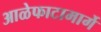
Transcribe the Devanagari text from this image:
आळेफाटामार्गे